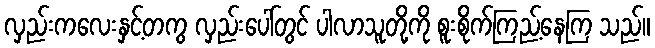
လှည်းကလေးနှင့်တကွ လှည်းပေါ်တွင် ပါလာသူတို့ကို စူးစိုက်ကြည့်နေကြ သည်။